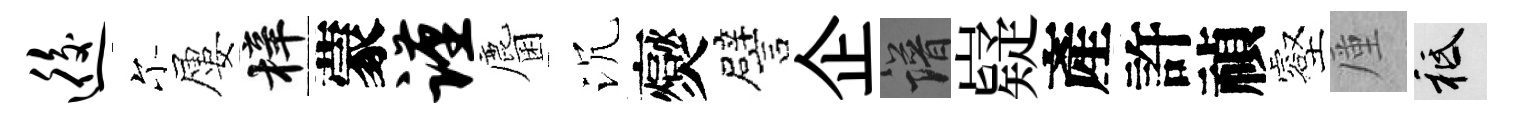
逅尓屢梓蒙谨麕沉爕譬企譜嶷產許禎壑厪祇